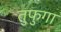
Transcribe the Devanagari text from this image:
तुफुगा